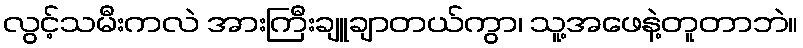
လွင့်သမီးကလဲ အားကြီးချူချာတယ်ကွာ၊ သူ့အဖေနဲ့တူတာဘဲ။